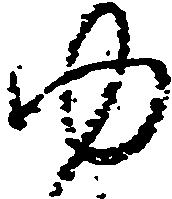
ゆ